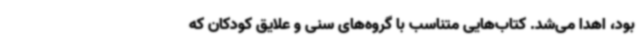
بود، اهدا می‌شد. کتاب‌هایی متناسب با گروه‌های سنی و علایق کودکان که